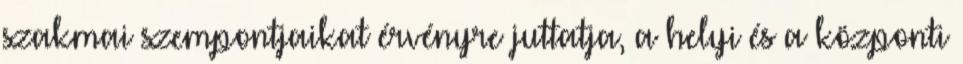
szakmai szempontjaikat érvényre juttatja, a helyi és a központi